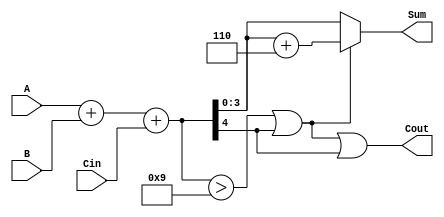
module BCD_Adder (
    input  [3:0] A,       // First BCD digit
    input  [3:0] B,       // Second BCD digit
    input        Cin,      // Carry input
    output [3:0] Sum,      // BCD result
    output       Cout      // Carry output
);

    wire [4:0] binary_sum;    // 5-bit binary sum to accommodate possible carry
    wire correction_needed;     // Signal to indicate if correction is needed
    wire [4:0] adjusted_sum;   // Adjusted sum after correction

    // Step 1: Perform binary addition
    assign binary_sum = A + B + Cin;

    // Step 2: Determine if correction is needed
    assign correction_needed = (binary_sum > 9) || (binary_sum[4] == 1'b1);

    // Step 3: Calculate adjusted sum if correction is needed
    assign adjusted_sum = binary_sum + 5'b00110; // Add 6 (0110) for BCD correction

    // Step 4: Assign outputs
    assign Sum = correction_needed ? adjusted_sum[3:0] : binary_sum[3:0]; // Use adjusted sum if necessary
    assign Cout = correction_needed || binary_sum[4]; // Generate carry-out if correction or carry from original sum

endmodule